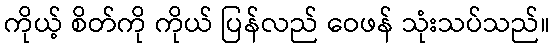
ကိုယ့် စိတ်ကို ကိုယ် ပြန်လည် ဝေဖန် သုံးသပ်သည်။